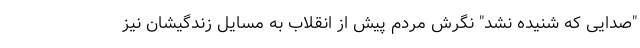
"صدایی که شنیده نشد" نگرش مردم پیش از انقلاب به مسایل زندگیشان نیز